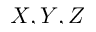
X , Y , Z